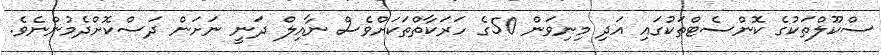
ސްކޫލްތަކުގެ ކޮންސެޓްތަކުގައި އަދި މިނިވަން 50ގެ ހަރަކާތްތަކަށްވެސް ނާއިލް ދަނީ ނަށަން ދަސްކޮށްދެމުންނެވެ.